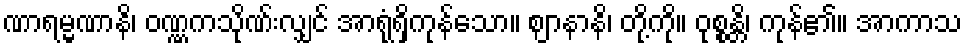
ဏာရမ္မဏာနိ၊ ဝဏ္ဏကသိုဏ်းလျှင် အာရုံရှိကုန်သော။ ဈာနာနိ၊ တို့ကို။ ဝုစ္စန္တိ၊ ကုန်၏။ အာကာသ